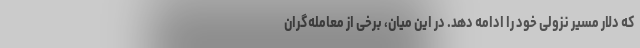
که دلار مسیر نزولی خود را ادامه دهد. در این میان، برخی از معامله‌گران